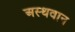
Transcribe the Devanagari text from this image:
अस्थवान